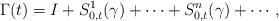
LaTeX: \begin{align*} \Gamma(t) = I + S^{1}_{0,t}(\gamma) + \cdots + S^{n}_{0,t}(\gamma) + \cdots, \end{align*}